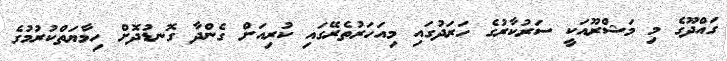
ގައްދޫގެ މި މަޝްރޫއަކީ ސަރުކާރުގެ ހަރަދުގައި މިއަހަރުތެރޭގައި ކުރިއަށް ގެންދާ ގޮނޑުދޮށް ހިމާޔަތްކުރުމުގެ